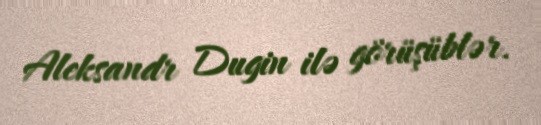
Aleksandr Dugin ilə görüşüblər.